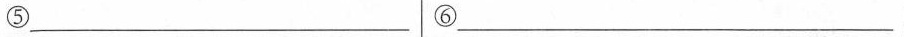
⑤___ ⑥___